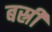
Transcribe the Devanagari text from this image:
बस्री